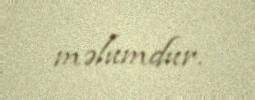
məlumdur.